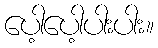
ပေါ့ပေါ့ပါးပါး။